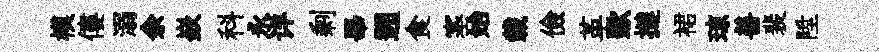
模僂溺余嶔科永详剩畢遡食塞始載儉革歜撻裙琼善裴陞